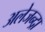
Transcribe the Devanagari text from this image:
अलेजन्द्रा